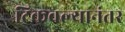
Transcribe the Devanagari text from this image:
टिकवल्यानंतर